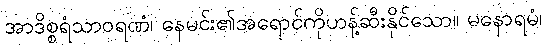
အာဒိစ္စရံသာဝရဏံ၊ နေမင်း၏အရောင်ကိုဟန့်ဆီးနိုင်သော။ မနောရမံ၊